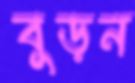
বুড়ন